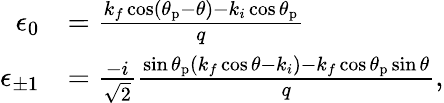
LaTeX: \begin{array}{rl}{\epsilon_{0}}&{=\frac{k_{f}\cos(\theta_{\mathrm{p}}-\theta)-k_{i}\cos\theta_{\mathrm{p}}}{q}}\\ {\epsilon_{\pm 1}}&{=\frac{-i}{\sqrt{2}}\frac{\sin\theta_{\mathrm{p}}(k_{f}\cos\theta-k_{i})-k_{f}\cos\theta_{\mathrm{p}}\sin\theta}{q},}\end{array}